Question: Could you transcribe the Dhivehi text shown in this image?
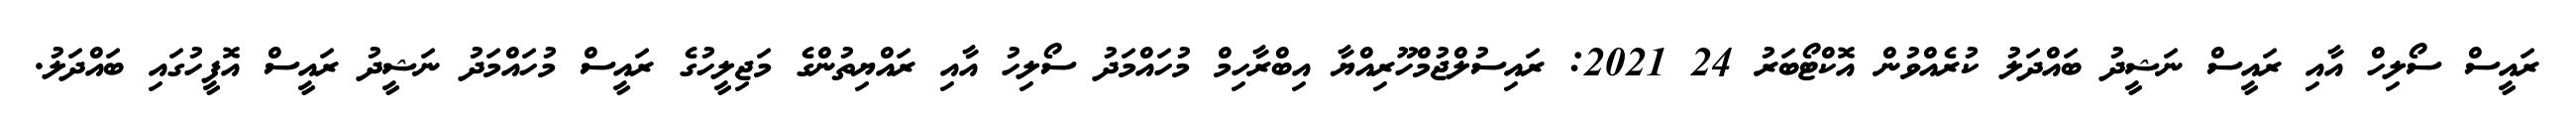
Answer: ރައީސް ސޯލިހް އާއި ރައީސް ނަޝީދު ބައްދަލު ކުރެއްވުން އޮކްޓޯބަރު 24 2021: ރައިސުލްޖުމްހޫރިއްޔާ އިބްރާހިމް މުހައްމަދު ސޯލިހު އާއި ރައްޔިތުންގެ މަޖިލީހުގެ ރައީސް މުހައްމަދު ނަޝީދު ރައީސް އޮފީހުގައި ބައްދަލު.